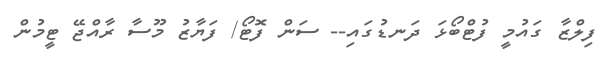
ފިލްޒާ ގައުމީ ފުޓްބޯޅަ ދަނޑުގައި-- ސަން ފޮޓޯ/ ފަޔާޒު މޫސާ ރާއްޖޭ ޓީމުން